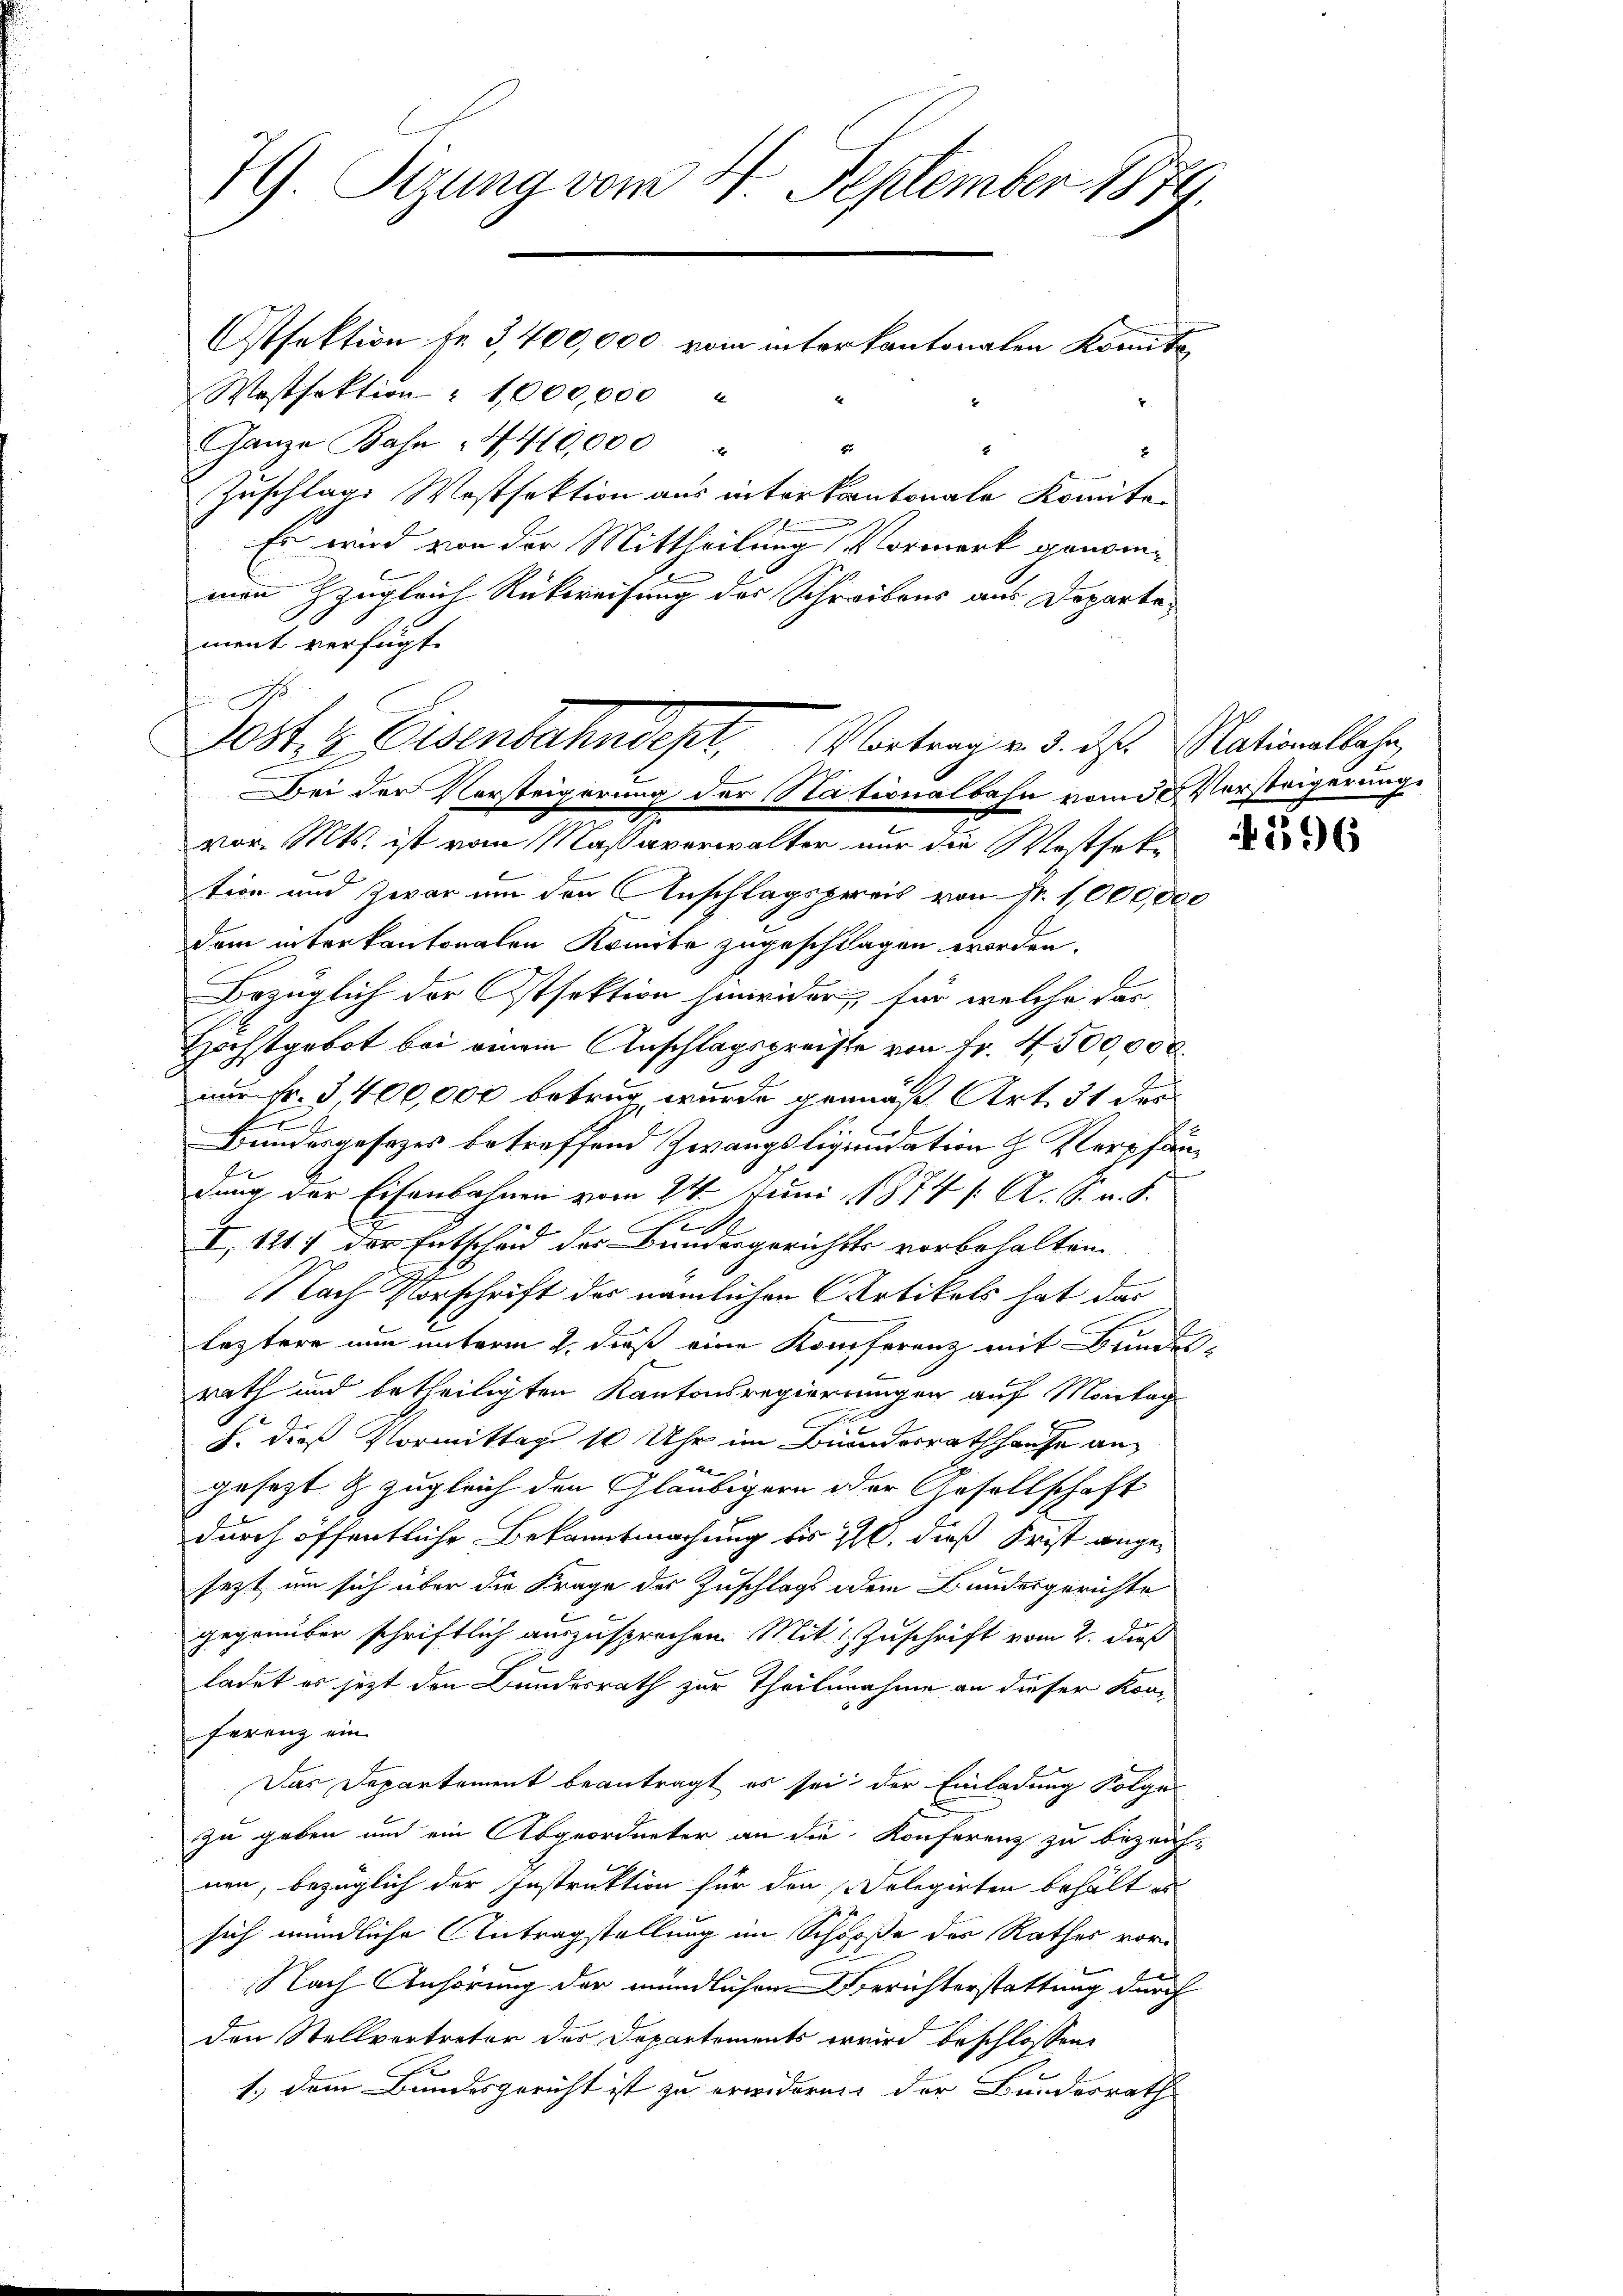
79. Sizung vom 4. September 1879.
Otfektion fr. 3,400,000 vom interkantonalen konnte
Wostfaktion " 1,000,000
Ganze Bahn 14410,000
2

Zuschlage Westfaktion aus inter kantonale Komite
Es wird von der Mittheilung Vormerk genommann zugleich Rückweisung des Schreibens aus Departement verfügt:

Post, z. Eisenbahndept, Vortrag v. 5. des Nationslehr
Bei der Vorsteigerung der Nationalbahn vom 30. Vorsteigerung

vor. Mts. ist vom Maßaverwalter nur die Westfektion und Zwar um den Anschlagspereis von Nr. 1,000,000
dem interkantonalen Komite zugeschlagen worden.
Bezüglich der Ostsektion hinwider, für welche das
Höchstgebot bei einem Anschlagspreiste von Fr. 4500,000
nur fr. 3,400,000 betrug, wurde gemäß Art. 31 des
Bundesgesetzes betreffend Zwangsliquidation H. Verpfän¬
u
dung der Eisenbahnen vom 24. Juni 1874 /: A. G. u. S.
x
u
I, 1211 der Entscheid des Bundesgerichts vorbehalten
d
Nach Vorschrift der nämlichen Artikels hat das
leztere nun unterm 2. dieß eine Konferenz mit Bundes-
rath und betheiligten Kantonsregierungen auf Montag
E
§. dieß Vormittage 10 Uhr im Bundesrathhause an¬

gesezt & zugleich den Gläubigern oder Gesellschaft
durch öffentliche Bekanntmachung bis ist, dieß Frist angesezt um sich über die Frage des Zuschlags dem Bundesgerichte
gegenüber schriftlich auszusprechen. Mit Zuschrift vom 2. dieß
ladet es jetzt den Bundesrath zur Theilnahme an dieser Konferenz ein
Das Departement beantragt es sei der Einladung Folge
zu geben und ein Abgeordneter an die Konferenz zu bezeichnen, bezüglich der Instruktion für den Delegirten behält au
sich mündliche Antragstellung im Schooße des Rathes vor¬
Nach Anhörung der mündlichen Berichterstattung durch
den Stellvertreter der Departements wird beschlossen,
1.) dem Bundesgericht ist zu erwideren der Bundesrath

396